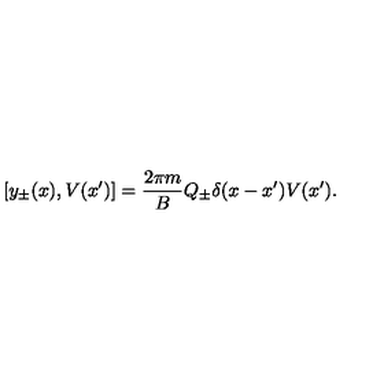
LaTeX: [ y _ { \pm } ( x ) , V ( x ^ { \prime } ) ] = { \frac { 2 \pi m } { B } } Q _ { \pm } \delta ( x - x ^ { \prime } ) V ( x ^ { \prime } ) .